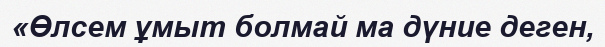
«Өлсем ұмыт болмай ма дүние деген,